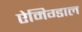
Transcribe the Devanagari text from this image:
ऐमिग्डाल